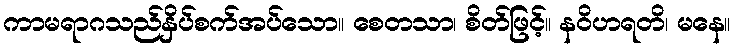
ကာမရာဂသည်နှိပ်စက်အပ်သော။ စေတသာ၊ စိတ်ဖြင့်။ နဝိဟရတိ၊ မနေ။